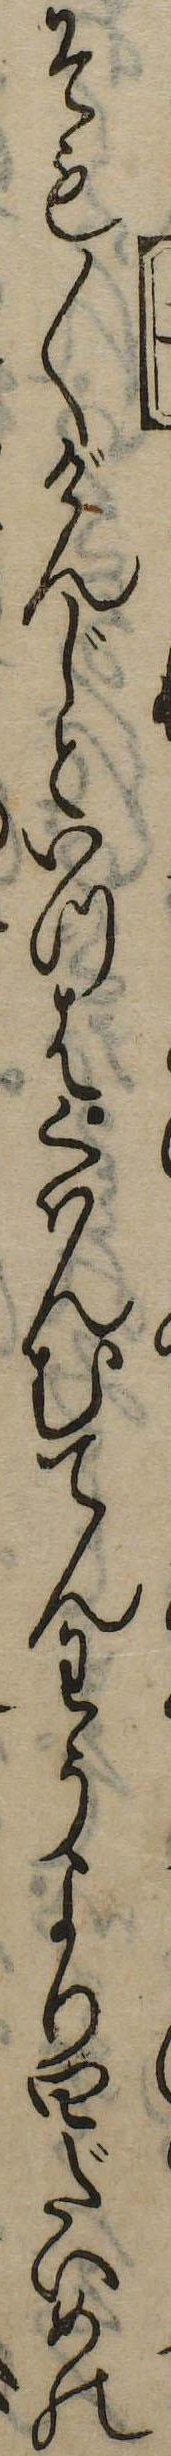
そも〱げんじといつはくはんむてんわうより四だいめの